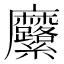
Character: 𮮍